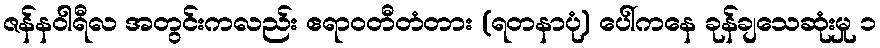
ဇန်နဝါရီလ အတွင်းကလည်း ဧရာဝတီတံတား (ရတနာပုံ) ပေါ်ကနေ ခုန်ချသေဆုံးမှု ၁